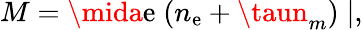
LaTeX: M=\mida\mathrm{e}\; (n_{\mathrm{e}}+\taun_{m})\mid,